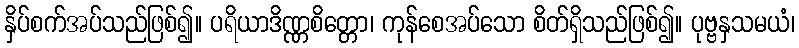
နှိပ်စက်အပ်သည်ဖြစ်၍။ ပရိယာဒိဏ္ဏစိတ္တော၊ ကုန်စေအပ်သော စိတ်ရှိသည်ဖြစ်၍။ ပုဗ္ဗနှသမယံ၊